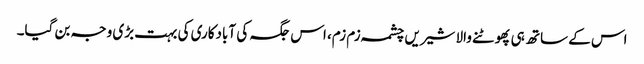
اس کے ساتھ ہی پھوٹنے والا شیریں چشمہ زم زم، اس جگہ کی آبادکاری کی بہت بڑی وجہ بن گیا۔